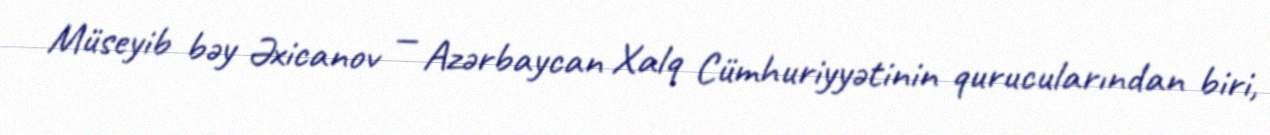
Müseyib bəy Əxicanov — Azərbaycan Xalq Cümhuriyyətinin qurucularından biri,